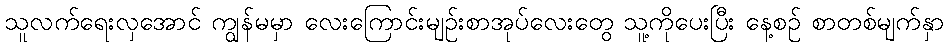
သူလက်ရေးလှအောင် ကျွန်မမှာ လေးကြောင်းမျဉ်းစာအုပ်လေးတွေ သူ့ကိုပေးပြီး နေ့စဉ် စာတစ်မျက်နှာ